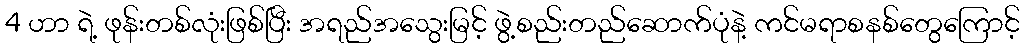
4 ဟာ ရဲ့ ဖုန်းတစ်လုံးဖြစ်ပြီး အရည်အသွေးမြင့် ဖွဲ့စည်းတည်ဆောက်ပုံနဲ့ ကင်မရာစနစ်တွေကြောင့်